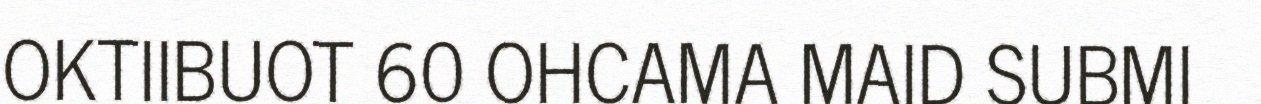
OKTIIBUOT 60 OHCAMA MAID SUBMI